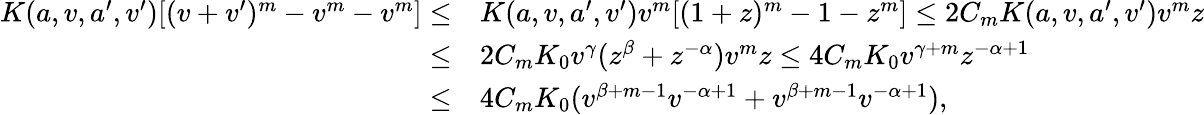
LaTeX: \begin{array}{rl}{K(a,v,a^{\prime},v^{\prime})[(v+v^{\prime})^{m}-v^{m}-v^{m}]\leq}&{K(a,v,a^{\prime},v^{\prime})v^{m}[(1+z)^{m}-1-z^{m}]\leq 2C_{m}K(a,v,a^{\prime},v^{\prime})v^{m}z}\\ {\leq}&{2C_{m}K_{0}v^{\gamma}(z^{\beta}+z^{-\alpha})v^{m}z\leq 4C_{m}K_{0}v^{\gamma+m}z^{-\alpha+1}}\\ {\leq}&{4C_{m}K_{0}(v^{\beta+m-1}v^{-\alpha+1}+v^{\beta+m-1}v^{-\alpha+1}),}\end{array}